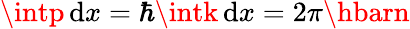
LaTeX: \intp\, \mathrm{d}x=\hbar\intk\, \mathrm{d}x=2\pi\hbarn